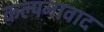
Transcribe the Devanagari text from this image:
कल्पनावाद